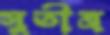
সুতীব্র